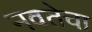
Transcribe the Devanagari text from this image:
नवतेचा